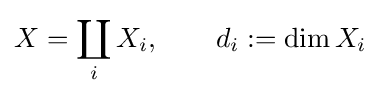
X=\coprod _{i}X_{i},\qquad d_{i}:=\dim X_{i}